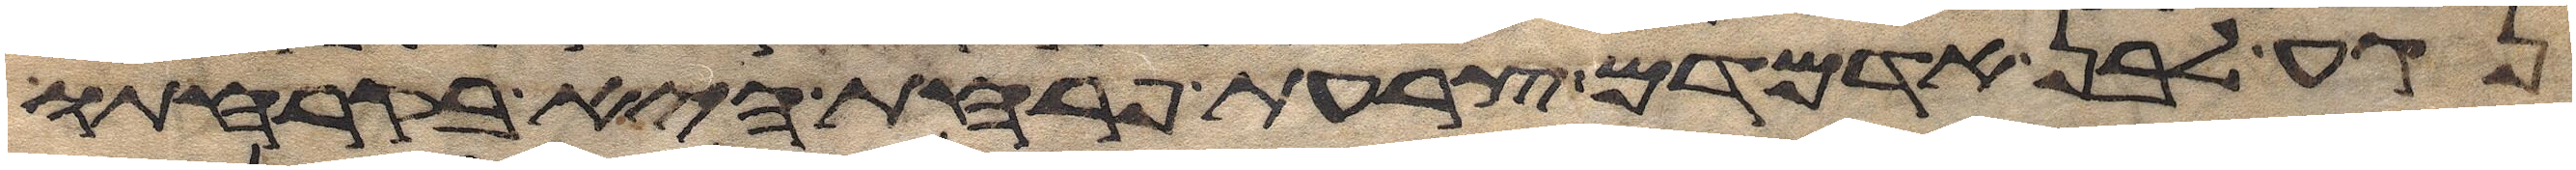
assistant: נגע לבן אדמדם צרעת פרחת היא בקרחתו